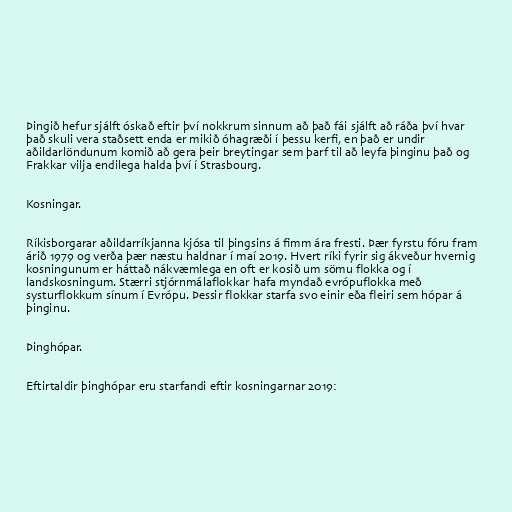
Þingið hefur sjálft óskað eftir því nokkrum sinnum að það fái sjálft að ráða því hvar
það skuli vera staðsett enda er mikið óhagræði í þessu kerfi, en það er undir
aðildarlöndunum komið að gera þeir breytingar sem þarf til að leyfa þinginu það og
Frakkar vilja endilega halda því í Strasbourg.

Kosningar.

Ríkisborgarar aðildarríkjanna kjósa til þingsins á fimm ára fresti. Þær fyrstu fóru fram
árið 1979 og verða þær næstu haldnar í maí 2019. Hvert ríki fyrir sig ákveður hvernig
kosningunum er háttað nákvæmlega en oft er kosið um sömu flokka og í
landskosningum. Stærri stjórnmálaflokkar hafa myndað evrópuflokka með
systurflokkum sínum í Evrópu. Þessir flokkar starfa svo einir eða fleiri sem hópar á
þinginu.

Þinghópar.

Eftirtaldir þinghópar eru starfandi eftir kosningarnar 2019: